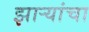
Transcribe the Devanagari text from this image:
झाऱ्यांचा